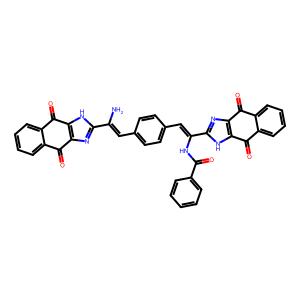
SMILES: NC(=Cc1ccc(C=C(NC(=O)c2ccccc2)c2nc3c([nH]2)C(=O)c2ccccc2C3=O)cc1)c1nc2c([nH]1)C(=O)c1ccccc1C2=O
Inhibits HIV replication: No